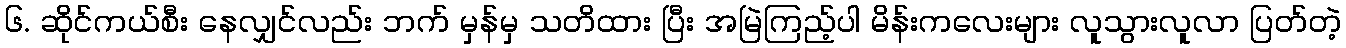
၆. ဆိုင်ကယ်စီး နေလျှင်လည်း ဘက် မှန်မှ သတိထား ပြီး အမြဲကြည့်ပါ မိန်းကလေးများ လူသွားလူလာ ပြတ်တဲ့